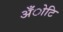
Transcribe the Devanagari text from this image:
अँोटि